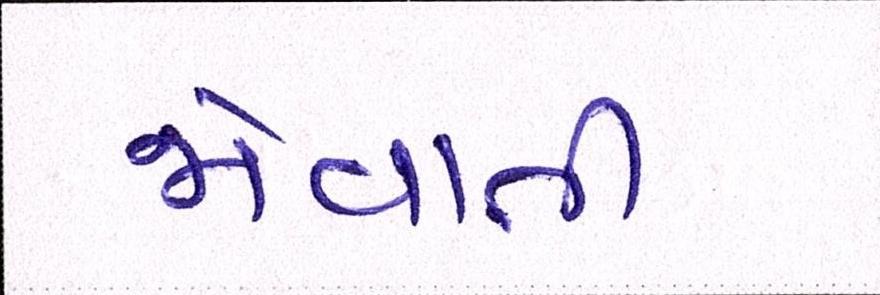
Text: જોવાતી